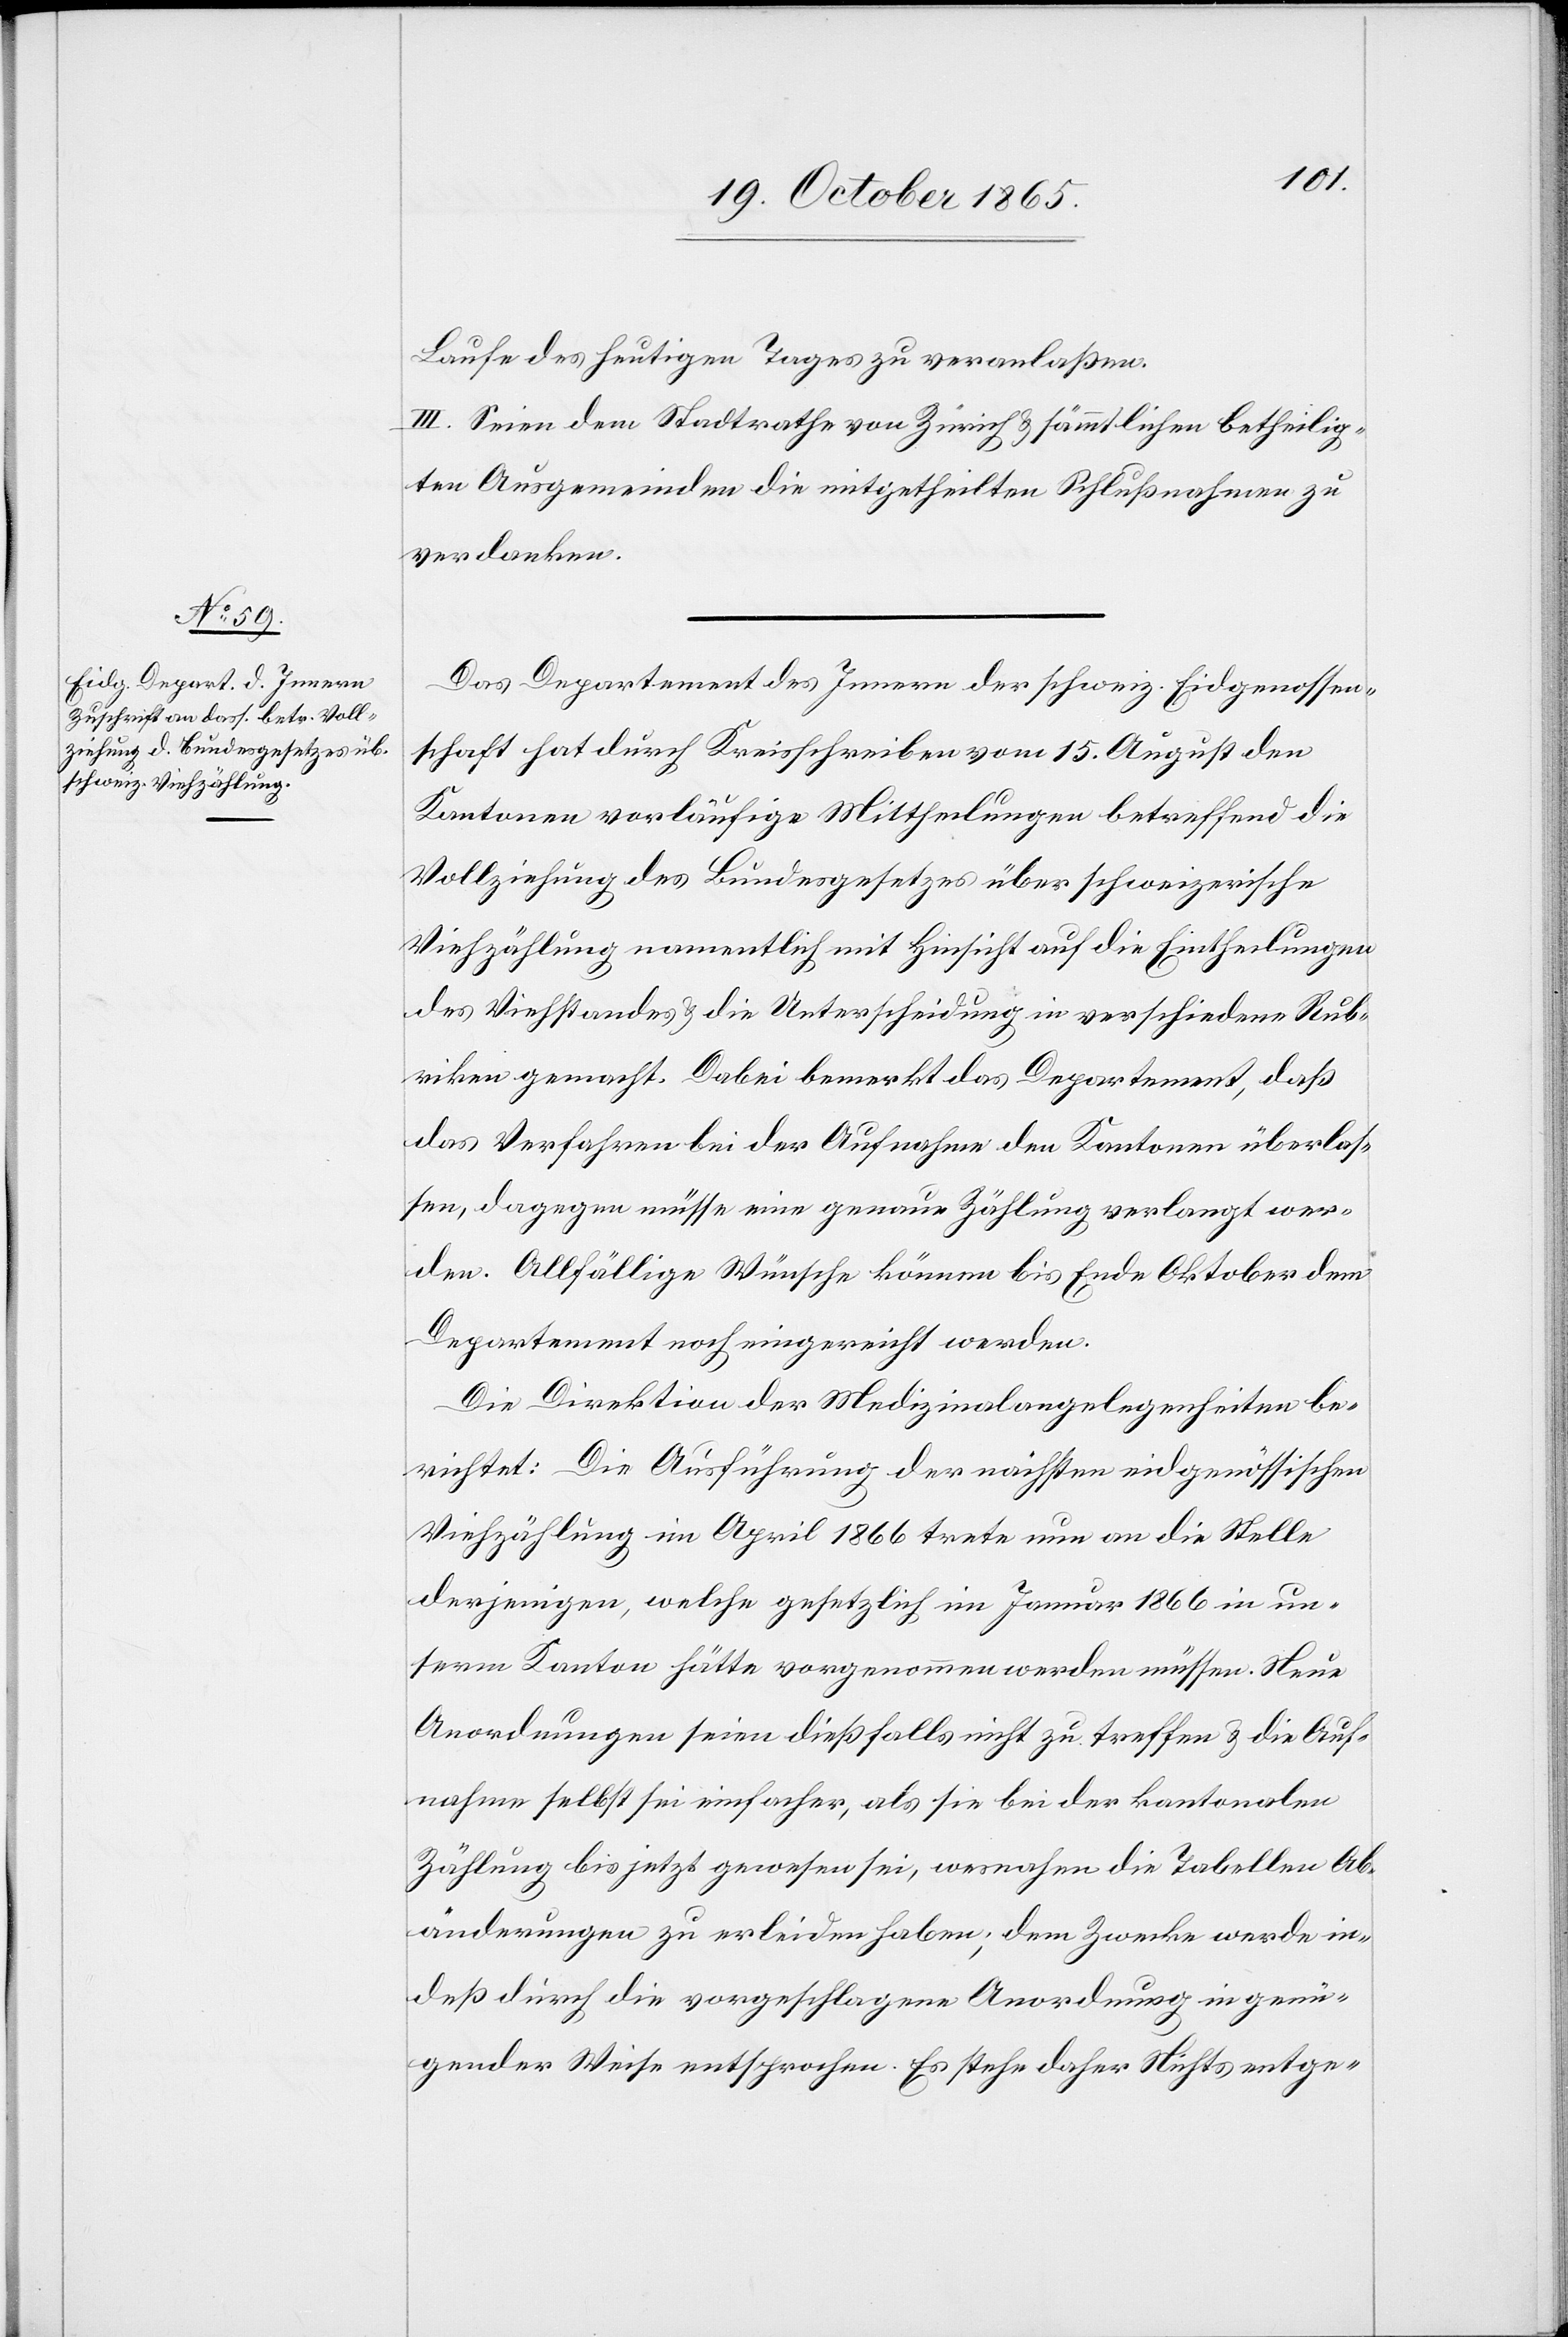
Laufe des heutigen Tages zu veranlaßen.
III. Seien dem Stadtrathe von Zürich & sämmtlichen betheilig¬
ten Ausgemeinden die mitgetheilten Schlußnahmen zu
verdanken.
Das Departement des Innern der schweiz. Eidgenossen¬
schaft hat durch Kreisschreiben vom 15. August den
Kantonen vorläufige Mittheilungen betreffend die
Vollziehung des Bundesgesetzes über schweizerische
Viehzählung namentlich mit Hinsicht auf die Eintheilungen
des Viehstandes & die Unterscheidung in verschiedene Rub¬
riken gemacht. Dabei bemerkt das Departement, daß
das Verfahren bei der Aufnahme den Kantonen überlas¬
sen, dagegen müsse eine genaue Zählung verlangt wer¬
den. Allfällige Wünsche können bis Ende Oktober dem
Departement noch eingereicht werden.
Die Direktion der Medizinalangelegenheiten be¬
richtet: Die Ausführung der nächsten eidgenössischen
Viehzählung im April 1866 trete nun an die Stelle
derjenigen, welche gesetzlich im Januar 1866 in un¬
serm Kanton hätte vorgenommen werden müssen. Neue
Anordnungen seien dießfalls nicht zu treffen & die Auf¬
nahme selbst sei einfacher, als sie bei der kantonalen
Zählung bis jetzt gewesen sei, wesnahen die Tabellen Ab¬
änderungen zu erleiden haben; dem Zwecke werde in¬
deß durch die vorgeschlagene Anordnung in genü¬
gender Weise entsprochen. Es stehe daher Nichts entge-